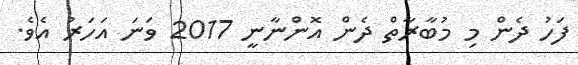
ފަހު ދެން މި މުބާރާތް ދެން އޮންނާނީ 2017 ވަނަ އަހަރު އެވެ.